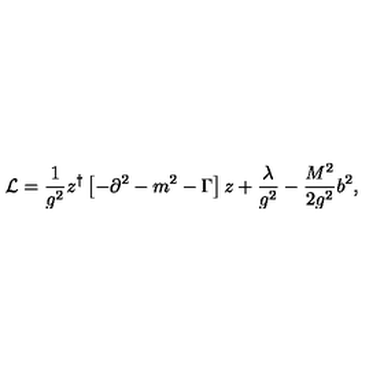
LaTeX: { \cal L } = \frac { 1 } { g ^ { 2 } } z ^ { \dagger } \left[ - \partial ^ { 2 } - m ^ { 2 } - \Gamma \right] z + \frac { \lambda } { g ^ { 2 } } - \frac { M ^ { 2 } } { 2 g ^ { 2 } } b ^ { 2 } ,